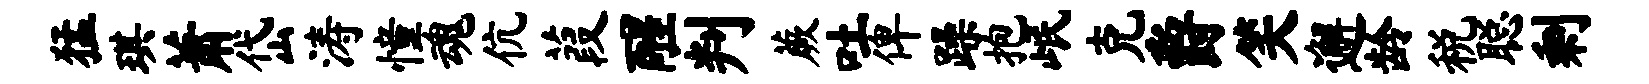
猛琪萧岱涛憧魂伉葭醒判蕨吐俾躁抱岷克爵笑邂龄税聪剩